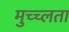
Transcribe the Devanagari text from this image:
मुच्च्लता